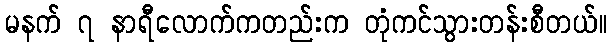
မနက် ၇ နာရီလောက်ကတည်းက တုံကင်သွားတန်းစီတယ်။